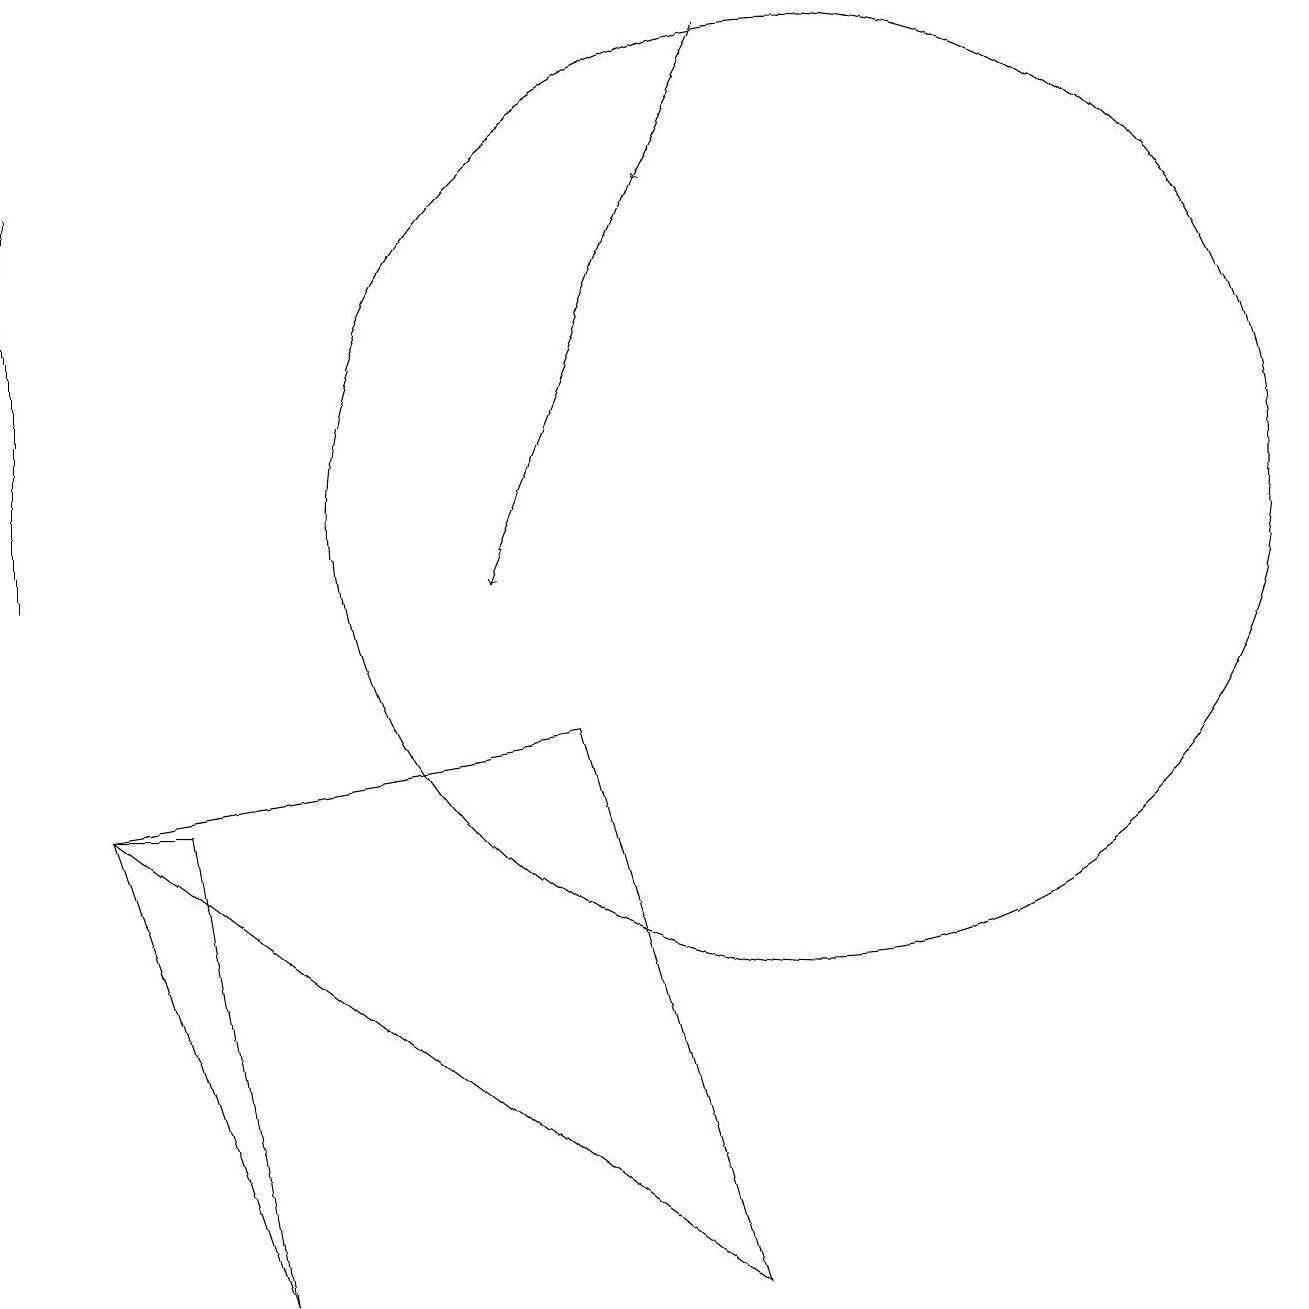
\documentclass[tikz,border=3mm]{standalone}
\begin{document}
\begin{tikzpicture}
\draw (3,2) -- (1,8) -- (2,8) -- cycle;
\draw (9,2) -- (7,9) -- (1,8) -- cycle;
\draw[->] (9,18) -- (8,16);
\draw (0,11) rectangle (0,16);
\draw[->] (8,16) -- (6,11);
\draw (10,12) circle (6);
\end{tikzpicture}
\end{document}